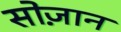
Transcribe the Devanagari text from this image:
सोज़ान